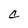
Character: C